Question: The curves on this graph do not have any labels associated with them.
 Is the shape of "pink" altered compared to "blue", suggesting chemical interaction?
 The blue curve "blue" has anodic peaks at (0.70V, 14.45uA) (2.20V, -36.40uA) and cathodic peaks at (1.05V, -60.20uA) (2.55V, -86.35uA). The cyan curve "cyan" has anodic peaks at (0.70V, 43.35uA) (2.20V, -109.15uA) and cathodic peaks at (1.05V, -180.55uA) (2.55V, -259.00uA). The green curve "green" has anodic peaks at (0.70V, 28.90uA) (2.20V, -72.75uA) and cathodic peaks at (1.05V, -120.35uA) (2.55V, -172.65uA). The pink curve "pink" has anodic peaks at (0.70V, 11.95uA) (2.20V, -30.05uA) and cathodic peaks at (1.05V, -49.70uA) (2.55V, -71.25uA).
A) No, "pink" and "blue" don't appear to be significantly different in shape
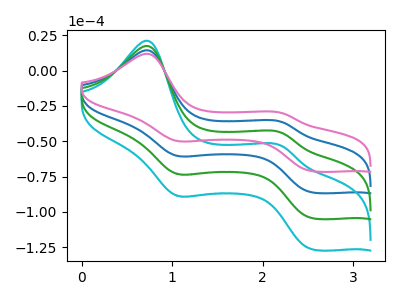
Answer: <think>All the peaks in "pink" have a peak in "blue" at the same potential.
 </think>
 <answer>A) No, "pink" and "blue" don't appear to be significantly different in shape</answer>
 <eval>A</eval>